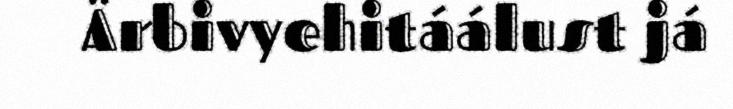
Ärbivyehitáálust já